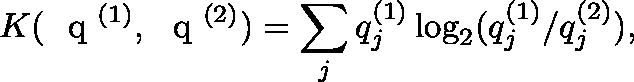
K ( \mathrm { ~ \boldmath ~ q ~ } ^ { ( 1 ) } , \mathrm { ~ \boldmath ~ q ~ } ^ { ( 2 ) } ) = \sum _ { j } q _ { j } ^ { ( 1 ) } \log _ { 2 } ( q _ { j } ^ { ( 1 ) } / q _ { j } ^ { ( 2 ) } ) ,